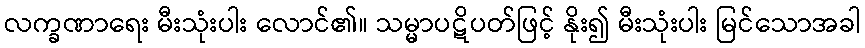
လက္ခဏာရေး မီးသုံးပါး လောင်၏။ သမ္မာပဋိပတ်ဖြင့် နိုး၍ မီးသုံးပါး မြင်သောအခါ